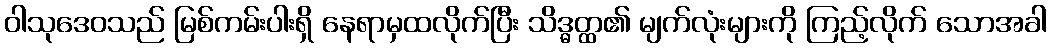
ဝါသုဒေဝသည် မြစ်ကမ်းပါးရှိ နေရာမှထလိုက်ပြီး သိဒ္ဓတ္ထ၏ မျက်လုံးများကို ကြည့်လိုက် သောအခါ